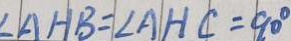
\angle A H B = \angle A H C = 9 0 ^ { \circ }